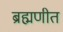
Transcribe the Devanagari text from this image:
ब्रह्मणीत